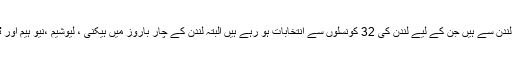
برطانیہ کی مقامی کونسلوں کی کل نشستوں میں سے لگ بھگ نصف 1,851نشستیں صرف لندن سے ہیں جن کے لیے لندن کی 32 کونسلوں سے انتخابات ہو رہے ہیں البتہ لندن کے چار باروز میں ہیکنی ، لیوشیم ،نیو ہیم اور ٹاور ہملٹس میں مقامی کونسلرز کے انتخابات کے ساتھ ساتھ مئیر کا بھی چناؤ کیا جارہا ہے۔